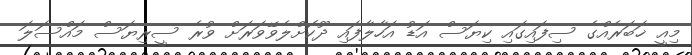
މިއީ ޚަބަރެއްގެ ސިފައިގައި ކިޔަސް އަޑު އަހާލާފައި ދޫކޮށްލެވޭވަރަށް ވުރެ ސީރިޔަސް މައްސަލަ